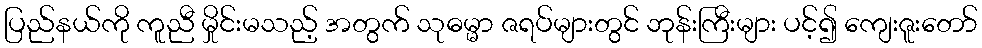
ပြည်နယ်ကို ကူညီ မှိုင်းမသည့် အတွက် သုဓမ္မာ ဇရပ်များတွင် ဘုန်းကြီးများ ပင့်၍ ကျေးဇူးတော်